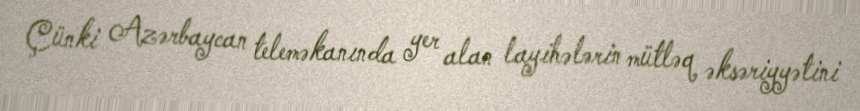
Çünki Azərbaycan teleməkanında yer alan layihələrin mütləq əksəriyyətini